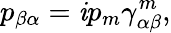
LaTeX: p_{\beta\alpha}=\mathit{i}p_{m}\gamma_{\alpha\beta}^{m},